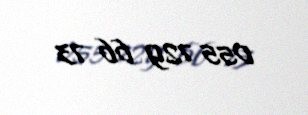
055 729 66 73